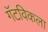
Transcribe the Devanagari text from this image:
गॅटविकला